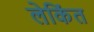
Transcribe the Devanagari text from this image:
लेकिंत